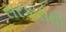
સરકારોથી